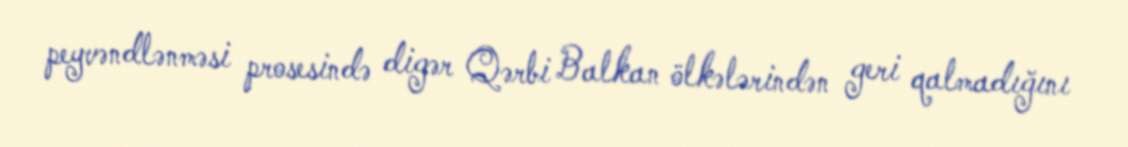
peyvəndlənməsi prosesində digər Qərbi Balkan ölkələrindən geri qalmadığını